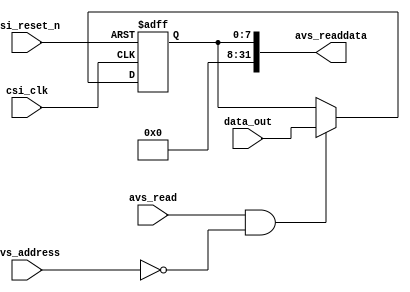
//---------------------------------------------------------------------------
//-- 		:	zircon_avalon_tlc549_register.v
//-- 		:	TLC549 AD IP
//-- 	:	2014-1-1
//-- 		:	Zircon Opto-Electronic Technology CO.,Ltd.
//---------------------------------------------------------------------------
module zircon_avalon_tlc549_register
(
	//
	csi_clk,rsi_reset_n,
	//Avalon-MM
	avs_address,avs_read,avs_readdata,
	//
	data_out,
);
 
input 					csi_clk;					//
input						rsi_reset_n;			//
input						avs_address;			//Avalon
input						avs_read;				//Avalon
output		[31:0]	avs_readdata;			//Avalon

input			[ 7:0]	data_out;				//AD
reg			[ 7:0]	data_reg;				//ADAvalon
reg			[ 7:0]	data_reg_n;				//data_reg

//,
always @ (posedge csi_clk or negedge rsi_reset_n)
begin
	if(!rsi_reset_n)								//
		data_reg <= 8'h00;						//
	else
		data_reg <= data_reg_n;					//
end

//,08
always @ (*)
begin
	if((avs_read) && (avs_address == 1'b0))//
		data_reg_n = data_out;					//,ADdata_reg_n
	else
		data_reg_n = data_reg;					//
end

assign avs_readdata = {24'h0,data_reg};	//ADAvalon

endmodule